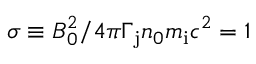
\sigma \equiv B _ { 0 } ^ { 2 } / 4 \pi \Gamma _ { \mathrm { j } } n _ { 0 } m _ { \mathrm { i } } c ^ { 2 } = 1